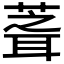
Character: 𮐘